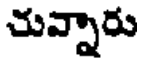
చువ్నారు